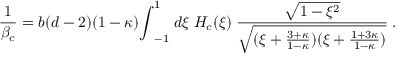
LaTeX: { \frac { 1 } { \beta _ { c } } } = b ( d - 2 ) ( 1 - \kappa ) { \int } _ { - 1 } ^ { 1 } \; d \xi \; H _ { c } ( \xi ) \; { \frac { \sqrt { 1 - \xi ^ { 2 } } } { \sqrt { ( \xi + \frac { 3 + \kappa } { 1 - \kappa } ) ( \xi + \frac { 1 + 3 \kappa } { 1 - \kappa } ) } } } \; .